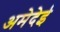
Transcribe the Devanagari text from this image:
अमेदेई